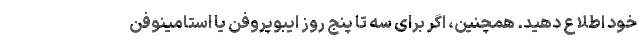
خود اطلاع دهید. همچنین، اگر برای سه تا پنج روز ایبوپروفن یا استامینوفن